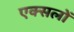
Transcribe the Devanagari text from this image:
एक्सलों